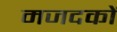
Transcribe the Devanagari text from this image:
मजदकों